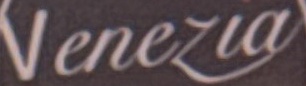
Venezia